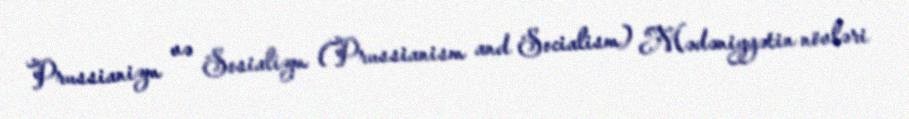
Prussianizm və Sosializm (Prussianism and Socialism) Mədəniyyətin növləri